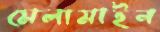
মেলামাইন